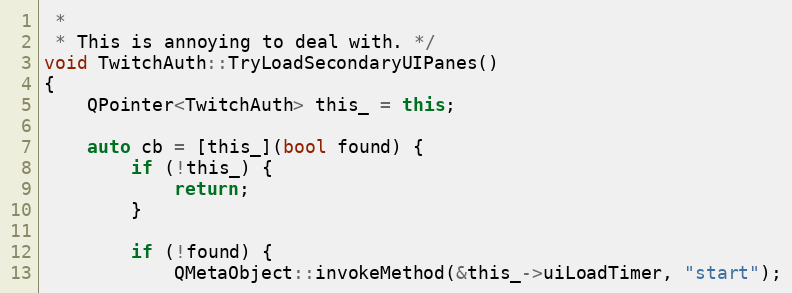
Language: C++
 *
 * This is annoying to deal with. */
void TwitchAuth::TryLoadSecondaryUIPanes()
{
	QPointer<TwitchAuth> this_ = this;

	auto cb = [this_](bool found) {
		if (!this_) {
			return;
		}

		if (!found) {
			QMetaObject::invokeMethod(&this_->uiLoadTimer, "start");